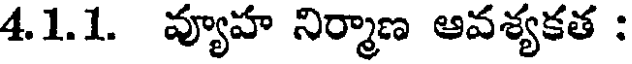
41.1. వ్యూహ నిర్మాణ ఆవశ్యకత :